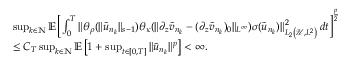
\begin{array} { r l } & { \operatorname* { s u p } _ { k \in \mathbb { N } } \mathbb { E } \left[ \int _ { 0 } ^ { T } \| \theta _ { \rho } ( \| \tilde { u } _ { n _ { k } } \| _ { s - 1 } ) \theta _ { \kappa } ( \| \partial _ { z } \tilde { v } _ { n _ { k } } - ( \partial _ { z } \tilde { v } _ { n _ { k } } ) _ { 0 } \| _ { L ^ { \infty } } ) \sigma ( \tilde { u } _ { n _ { k } } ) \| _ { L _ { 2 } \left( \mathscr { U } , L ^ { 2 } \right) } ^ { 2 } \, d t \right] ^ { \frac p 2 } } \\ & { \leq C _ { T } \operatorname* { s u p } _ { k \in \mathbb { N } } \mathbb { E } \left[ 1 + \operatorname* { s u p } _ { t \in [ 0 , T ] } \| \tilde { u } _ { n _ { k } } \| ^ { p } \right] < \infty . } \end{array}